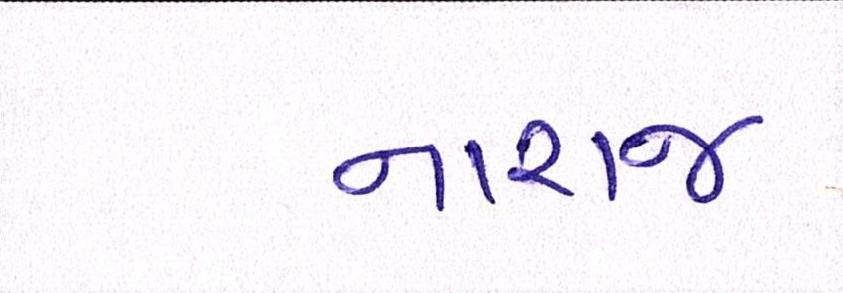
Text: નારાજ